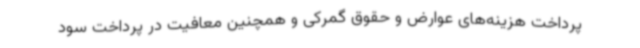
پرداخت هزینه‌های عوارض و حقوق گمرکی و همچنین معافیت در پرداخت سود